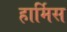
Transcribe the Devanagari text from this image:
हार्मिस